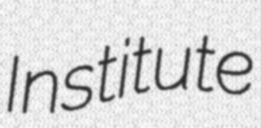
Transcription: Institute